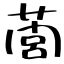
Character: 䕡